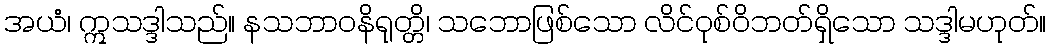
အယံ၊ ဣသဒ္ဒါသည်။ နသဘာဝနိရုတ္တိ၊ သဘောဖြစ်သော လိင်ဝုစ်ဝိဘတ်ရှိသော သဒ္ဒါမဟုတ်။